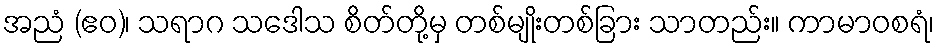
အညံ (ဧဝ)၊ သရာဂ သဒေါသ စိတ်တို့မှ တစ်မျိုးတစ်ခြား သာတည်း။ ကာမာဝစရံ၊